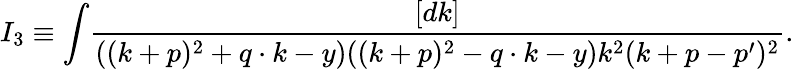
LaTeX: I_{3}\equiv\int\! \frac{[dk]}{((k+p)^{2}+q\cdot k-y)((k+p)^{2}-q\cdot k-y)k^{2}(k+p-p^{\prime})^{2}}.